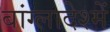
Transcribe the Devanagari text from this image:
बांग्लादेश्में